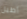
أطيل